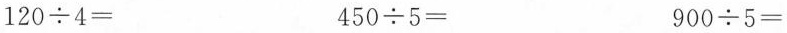
$$1 2 0 \div 4 =$$ $$4 5 0 \div 5 =$$ $$9 0 0 \div 5 =$$